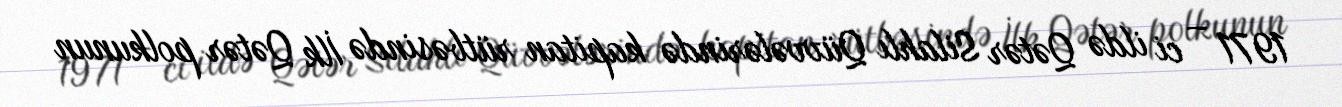
1971 – ci ildə Qətər Silahlı Qüvvələrində kapitan rütbəsində İlk Qətər polkunun